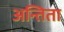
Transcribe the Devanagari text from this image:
अन्तिता